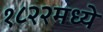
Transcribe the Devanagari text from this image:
१८२२मध्ये